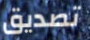
تصديق